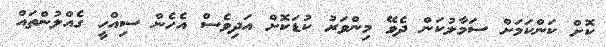
ކޮށް ކަންކަމަށް ސަމާލުކަން ދެވޭ މިންވަރު ކުޑަކޮށް އަދިވެސް އެހެން ސިއްހީ ގެއްލުންތައް